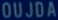
OUJDA